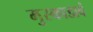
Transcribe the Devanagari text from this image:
मुस्काडावं